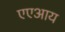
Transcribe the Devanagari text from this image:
एएआय